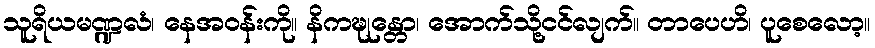
သူရိယမဏ္ဍလံ၊ နေအဝန်းကို။ နိကဍ္ဎုန္တော၊ အောက်သို့ငင်လျက်။ တာပေဟိ၊ ပူစေလော့။